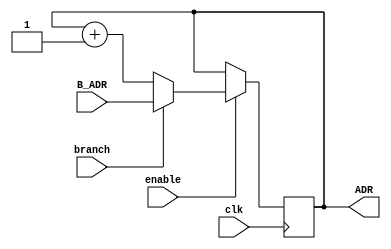
module Program_counter(
    input               enable, clk, branch,
    input       [9:0]   B_ADR,
    output  reg [9:0]   ADR = 10'h000
);
always @(posedge clk)
begin
  if(enable)
  begin
    if(branch)
    begin
      ADR[9:0] <= B_ADR[9:0];
    end
    else
    begin
      ADR[9:0] <= ADR[9:0] + 10'h001;
    end
  end
end
endmodule